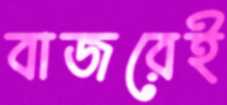
বাজরেই